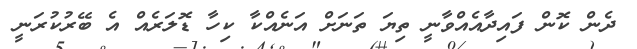
ދެން ކޮން ފައިދާއެއްވާނީ ތިޔަ ތަނަށް އަނެއްކާ ކިހާ ޑޮލަރެއް އެ ބޭރުކުރަނީ